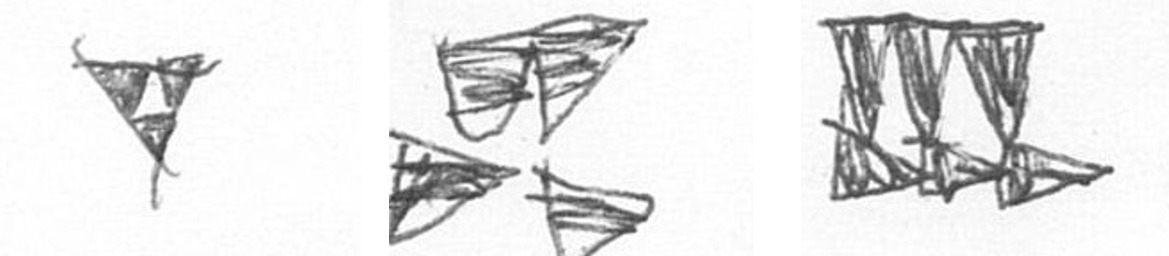
S B D